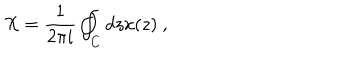
\mathcal { X } = \frac { 1 } { 2 \pi i } \oint _ { C } d z x ( z ) \ ,